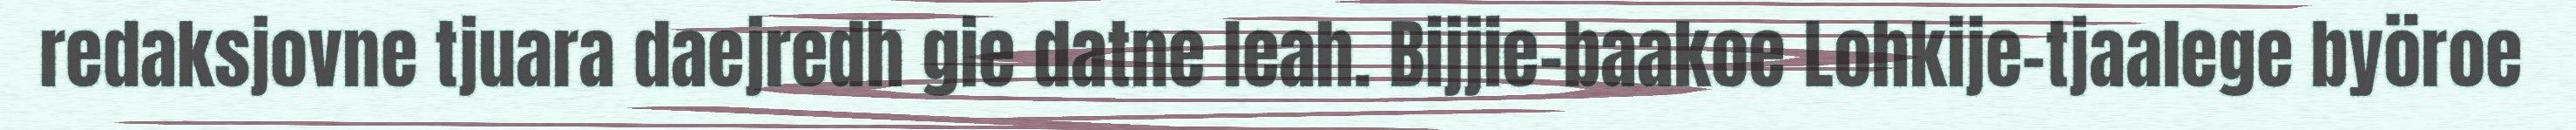
redaksjovne tjuara daejredh gie datne leah. Bijjie-baakoe Lohkije-tjaalege byöroe